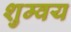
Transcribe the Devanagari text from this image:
शुम्वय